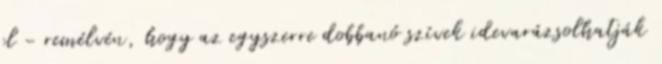
el - remélvén, hogy az egyszerre dobbanó szívek idevarázsolhatják